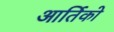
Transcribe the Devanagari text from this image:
आर्तिको